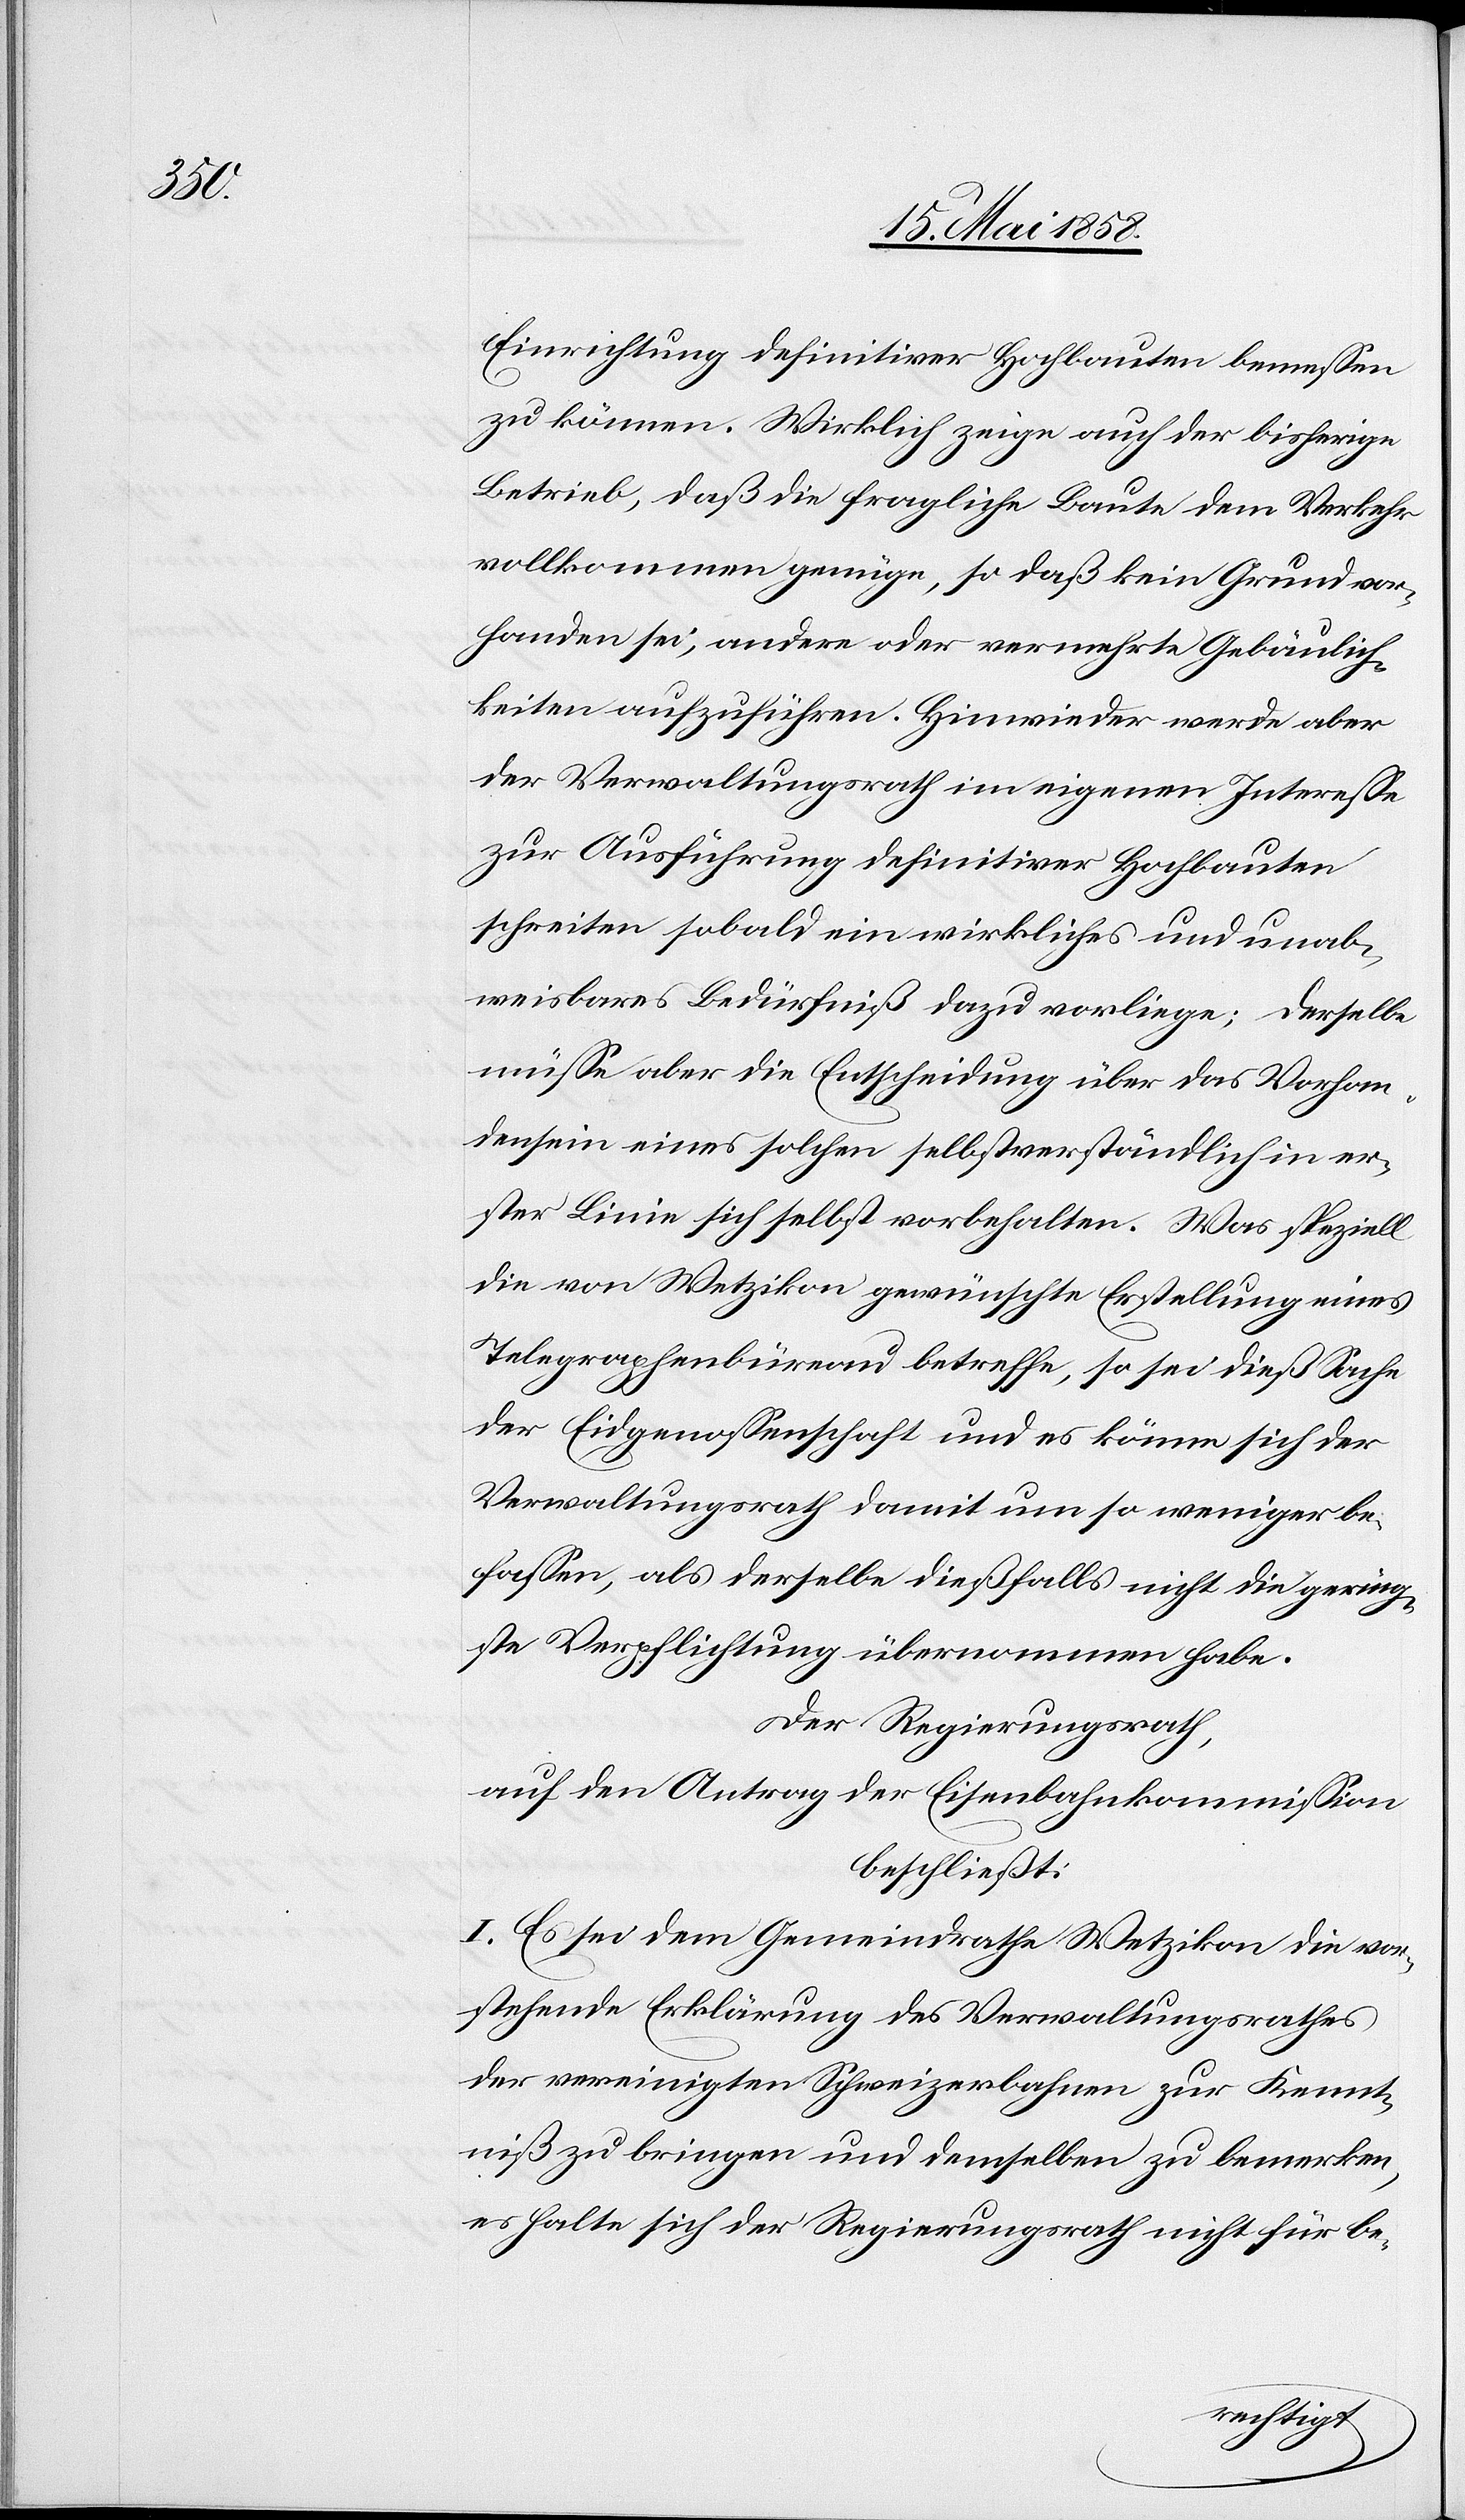
Einrichtung definitiver Hochbauten bemessen
zu können. Wirklich zeige auch der bisherige
Betrieb, daß die fragliche Baute dem Verkehr
vollkommen genüge, so daß kein Grund vor¬
handen sei, andere oder vermehrte Gebäulich¬
keiten aufzuführen. Hinwieder werde aber
der Verwaltungsrath im eigenen Interesse
zur Ausführung definitiver Hochbauten
schreiten sobald ein wirkliches und unab¬
weisbares Bedürfniß dazu vorliege; derselbe
müsse aber die Entscheidung über das Vorhan¬
densein eines solchen selbstverständlich in er¬
ster Linie sich selbst vorbehalten. Was speziell
die von Wetzikon gewünschte Erstellung eines
Telegraphenbüreau betreffe, so sei dieß Sache
der Eidgenossenschaft und es könne sich der
Verwaltungsrath damit um so weniger be¬
fassen, als derselbe dießfalls nicht die gering¬
ste Verpflichtung übernommen habe.
Der Regierungsrath,
auf den Antrag der Eisenbahnkommission
beschließt:
I. Es sei dem Gemeindrathe Wetzikon die vor¬
stehende Erklärung des Verwaltungsrathes
der vereinigten Schweizerbahnen zur Kennt¬
niß zu bringen und demselben zu bemerken,
es halte sich der Regierungsrath nicht für be-